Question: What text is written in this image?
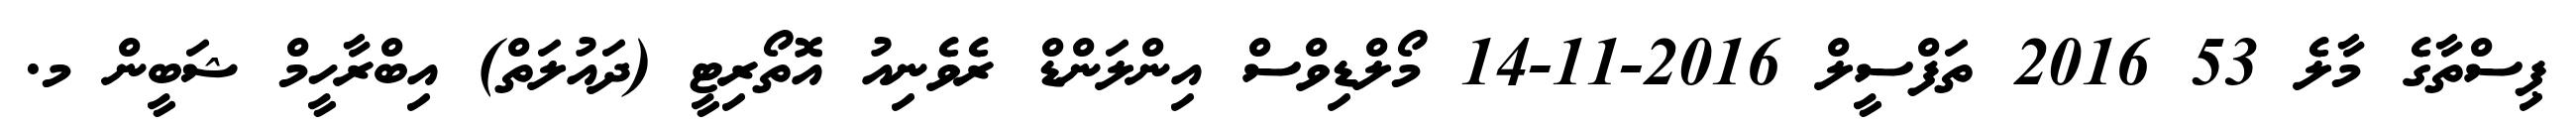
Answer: ޕިސްތާގެ މާލެ 53 2016 ތަފްސީލް 2016-11-14 މޯލްޑިވްސް އިންލަންޑް ރެވެނިއު އޮތޯރިޓީ (ދައުލަތް) އިބްރާހީމް ޝަބީން މ.